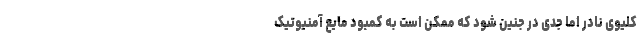
کلیوی نادر اما جدی در جنین شود که ممکن است به کمبود مایع آمنیوتیک